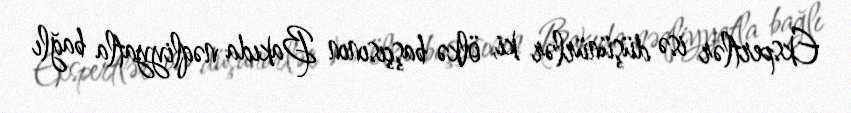
Ekspertlər isə düşünürlər ki, ölkə başçısının Bakıda nəqliyyatla bağlı